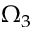
\Omega _ { 3 }